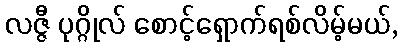
လဇ္ဇီ ပုဂ္ဂိုလ် စောင့်ရှောက်ရစ်လိမ့်မယ်,